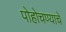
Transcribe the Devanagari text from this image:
पोहोचण्‍याचे